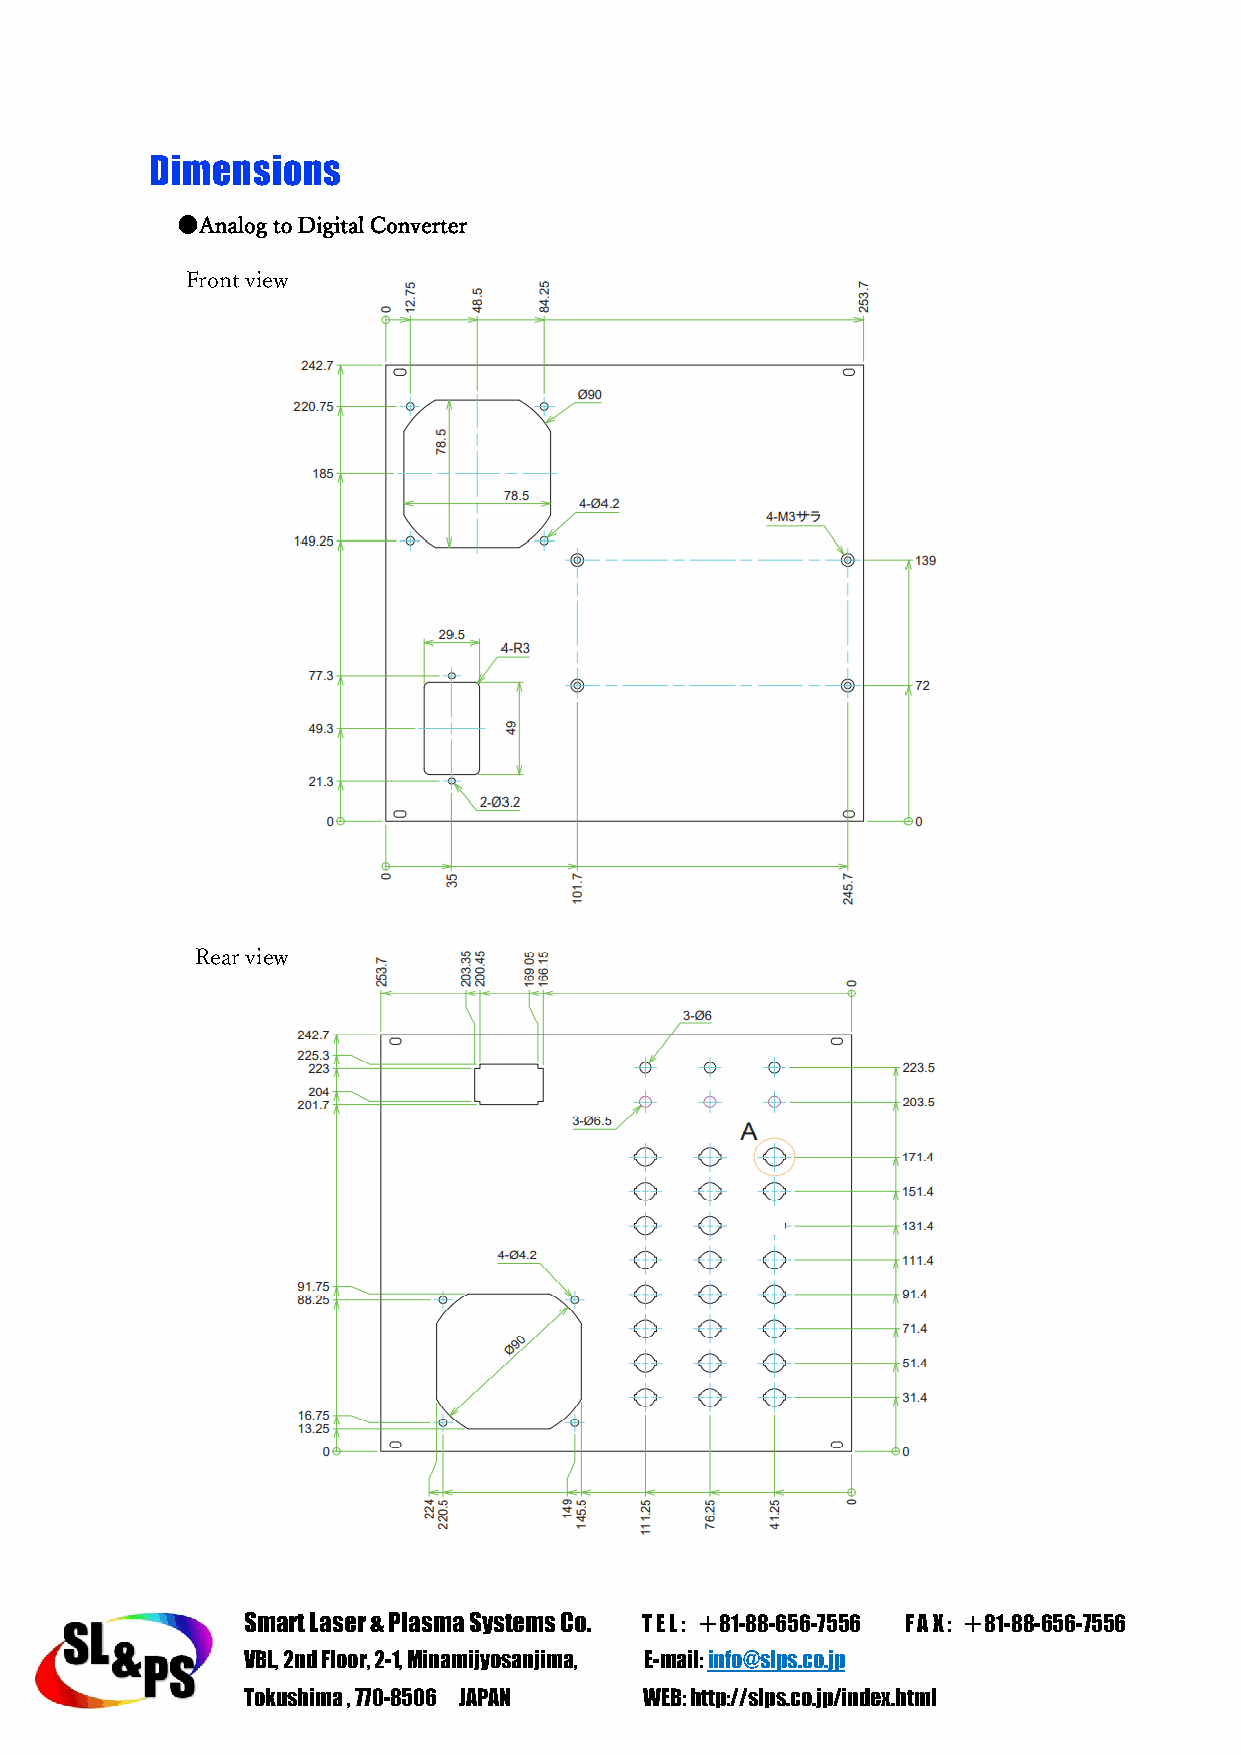
Dimensions
 ●Analog to Digital Converter
 Front view
 Rear view
 Smart Laser & Plasma Systems Co. T E L : ＋81-88-656-7556 F A X : ＋81-88-656-7556
 VBL, 2nd Floor, 2-1, Minamijyosanjima, E-mail: info@slps.co.jp
 Tokushima , 770-8506 JAPAN WEB: http://slps.co.jp/index.html